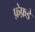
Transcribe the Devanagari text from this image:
फ़ेफ़डे